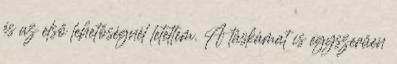
és az első lehetőségnél letettem. A táskámat is egyszerűen